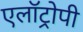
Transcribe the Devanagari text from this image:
एलॉट्रोपी